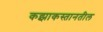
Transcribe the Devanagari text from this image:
कझाकस्तानतील